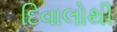
દિવાલોથી